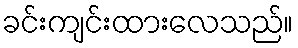
ခင်းကျင်းထားလေသည်။